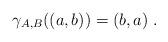
LaTeX: \begin{align*}\gamma_{A,B}((a,b)) = (b,a)\;.\end{align*}